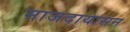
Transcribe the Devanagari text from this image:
माजदायासन